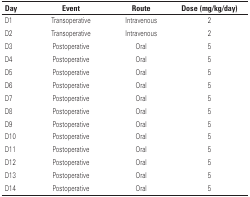
<table><thead><tr><td><b>Day</b></td><td><b>Event</b></td><td><b>Route</b></td><td><b>Dose (mg/kg/day)</b></td></tr></thead><tbody><tr><td>D1</td><td>Transoperative</td><td>Intravenous</td><td>2</td></tr><tr><td>D2</td><td>Transoperative</td><td>Intravenous</td><td>2</td></tr><tr><td>D3</td><td>Postoperative</td><td>Oral</td><td>5</td></tr><tr><td>D4</td><td>Postoperative</td><td>Oral</td><td>5</td></tr><tr><td>D5</td><td>Postoperative</td><td>Oral</td><td>5</td></tr><tr><td>D6</td><td>Postoperative</td><td>Oral</td><td>5</td></tr><tr><td>D7</td><td>Postoperative</td><td>Oral</td><td>5</td></tr><tr><td>D8</td><td>Postoperative</td><td>Oral</td><td>5</td></tr><tr><td>D9</td><td>Postoperative</td><td>Oral</td><td>5</td></tr><tr><td>D10</td><td>Postoperative</td><td>Oral</td><td>5</td></tr><tr><td>D11</td><td>Postoperative</td><td>Oral</td><td>5</td></tr><tr><td>D12</td><td>Postoperative</td><td>Oral</td><td>5</td></tr><tr><td>D13</td><td>Postoperative</td><td>Oral</td><td>5</td></tr><tr><td>D14</td><td>Postoperative</td><td>Oral</td><td>5</td></tr></tbody></table>